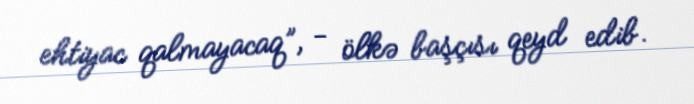
ehtiyac qalmayacaq”, - ölkə başçısı qeyd edib.